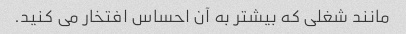
مانند شغلی که بیشتر به آن احساس افتخار می کنید.